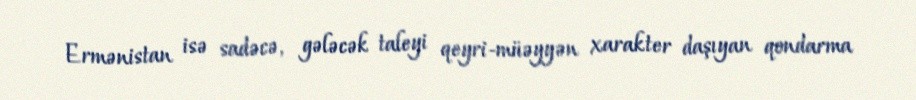
Ermənistan isə sadəcə, gələcək taleyi qeyri-müəyyən xarakter daşıyan qondarma